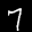
Label: 7